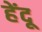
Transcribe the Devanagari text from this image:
हेंदू